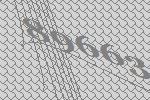
89663